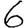
Digit: 6